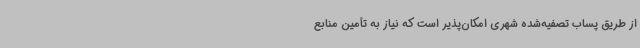
از طریق پساب تصفیه‌شده شهری امکان‌پذیر است که نیاز به تأمین منابع